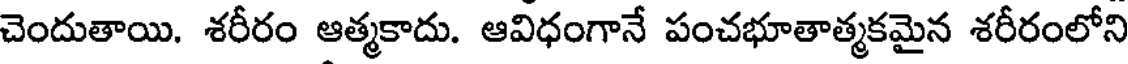
చెందుతాయి. శరీరం ఆత్మకాదు. ఆవిధంగానే పంచభూతాత్మకమైన శరీరంలోని